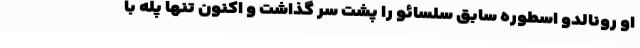
او رونالدو اسطوره سابق سلسائو را پشت سر گذاشت و اکنون تنها پله با